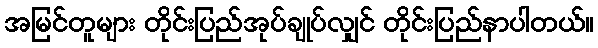
အမြင်တူများ တိုင်းပြည်အုပ်ချုပ်လျှင် တိုင်းပြည်နာပါတယ်။